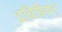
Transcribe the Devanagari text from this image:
द्रविङियन्